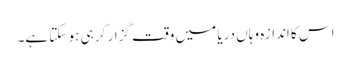
اس کا اندازہ وہاں دریا میں وقت گزار کر ہی ہو سکتا ہے۔